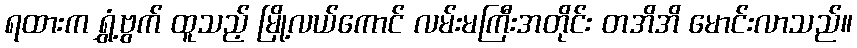
ရထားက ရွှံ့ဗွက် ထူသည့် မြို့လယ်ကောင် လမ်းမကြီးအတိုင်း တအိအိ မောင်းလာသည်။